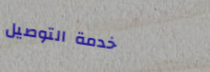
خدمة التوصيل